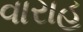
વારાહ